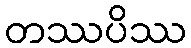
တဿပိဿ